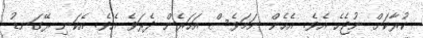
ކުރާކަށް ނުޖެހެ އެވެ. އެހެން ނަމަވެސް އަހަރެން ދެރަވެ އެވެ. އެކަނި ރޭގަނޑު